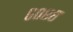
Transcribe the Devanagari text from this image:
६०८८